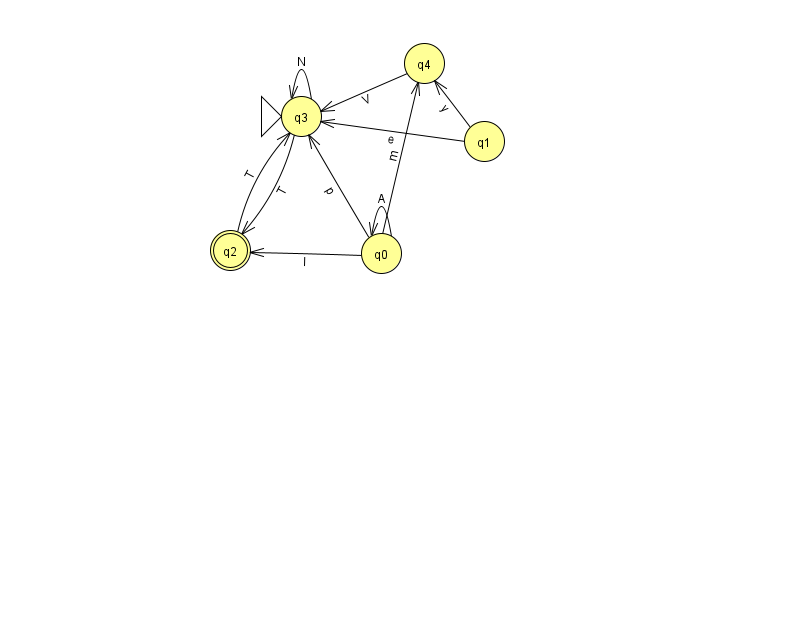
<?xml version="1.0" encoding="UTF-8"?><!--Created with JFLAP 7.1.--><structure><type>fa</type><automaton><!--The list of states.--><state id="0" name="q0"><x>381.0</x><y>240.0</y></state><state id="1" name="q1"><x>484.0</x><y>128.0</y></state><state id="2" name="q2"><x>230.0</x><y>237.0</y><final/></state><state id="3" name="q3"><x>301.0</x><y>103.0</y><initial/></state><state id="4" name="q4"><x>424.0</x><y>50.0</y></state><!--The list of transitions.--><transition><from>0</from><to>0</to><read>A</read></transition><transition><from>0</from><to>2</to><read>l</read></transition><transition><from>2</from><to>3</to><read>T</read></transition><transition><from>3</from><to>2</to><read>T</read></transition><transition><from>1</from><to>3</to><read>e</read></transition><transition><from>1</from><to>4</to><read>y</read></transition><transition><from>0</from><to>3</to><read>p</read></transition><transition><from>0</from><to>4</to><read>m</read></transition><transition><from>4</from><to>3</to><read>V</read></transition><transition><from>3</from><to>3</to><read>N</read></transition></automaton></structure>